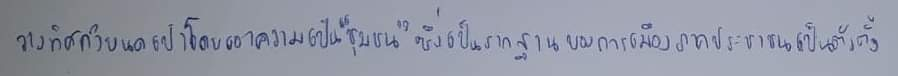
วางทิศกำหนดเป้าโดยเอาความเป็น"ชุมชน"ซึ่งเป็นรากฐานของการเมืองภาคประชาชนเป็นตัวตั้ง